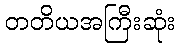
တတိယအကြီးဆုံး